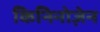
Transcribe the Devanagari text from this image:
किनिनोज़ेन